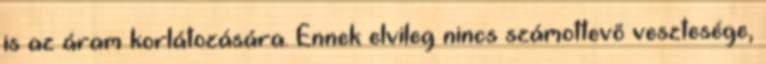
is az áram korlátozására. Ennek elvileg nincs számottevõ vesztesége,